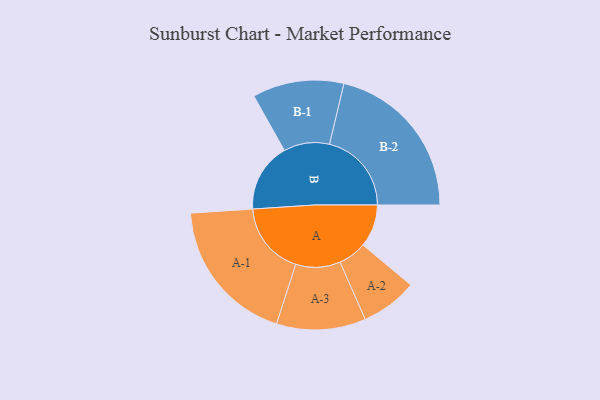
{"axis": {"x": "Segment", "y": "Value"}, "legend": ["", "A", "B"], "data": [{"x": "A", "y": 154, "type": ""}, {"x": "B", "y": 249, "type": ""}, {"x": "A-1", "y": 264, "type": "A"}, {"x": "A-2", "y": 102, "type": "A"}, {"x": "A-3", "y": 161, "type": "A"}, {"x": "B-1", "y": 165, "type": "B"}, {"x": "B-2", "y": 296, "type": "B"}]}